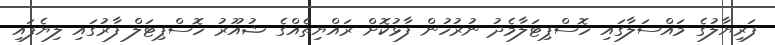
ފަރިޔާލުގެ މައްސަލާގައި ހޮސްޕިޓަލާމެދު ނުރުހުން ފާޅުކޮށް ރައްޔިތެއްގެ ޝުއޫރު ހޮސްޕިޓަލް ފާރުގައި ލިޔެފައި